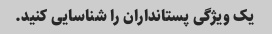
یک ویژگی پستانداران را شناسایی کنید.